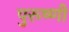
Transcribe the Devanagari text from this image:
पुरूष्णी